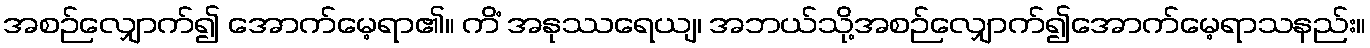
အစဉ်လျှောက်၍ အောက်မေ့ရာ၏။ ကိံ အနုဿရေယျ၊ အဘယ်သို့အစဉ်လျှောက်၍အောက်မေ့ရာသနည်း။